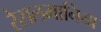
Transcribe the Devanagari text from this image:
रेसलमानिया